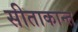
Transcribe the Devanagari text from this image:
सीताकान्त